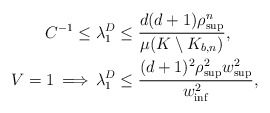
\begin{align*} \begin{aligned} C^{-1} \leq \lambda _1^D &\leq \frac{d(d+1)\rho^n_{\sup}}{\mu(K\setminus K_{b,n})}, \\ V=1\, \Longrightarrow\, \lambda _1^D &\leq \frac{ (d+1)^2\rho^2_{\sup} w_{\sup}^2} { w_{\inf}^2},\end{aligned} \end{align*}